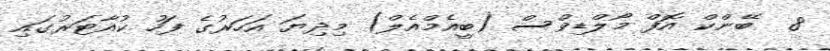
8  ބޭންކް އޮފް މޯލްޑިވްސް (ބީއެމްއެލް) މިދިޔަ އަހަރުގެ ފަހު ކުއާޓަރުގައި